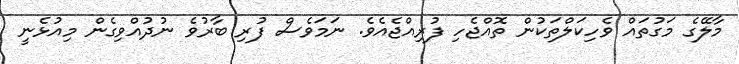
މާލޭގެ މަގުތައް ވެހިކަލްތަކުން ތޮއްޖެހި ފުރިއްޖެއެވެ. ނަމަވެސް ފުރި ބާރުވެ ނުދުއްވިގެން މިއުޅެނީ